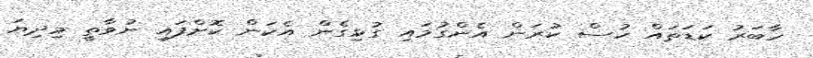
ހާބަރު ކަޑަތައް ހުސް ކުރަން އެންގުމައި ގުޅިގެން އެކަން ކޮށްފައި ނުވާތީ މިދިޔަ